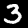
Digit: 3